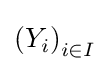
\left(Y_{i}\right)_{i\in I}